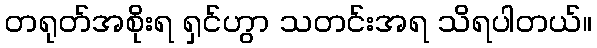
တရုတ်အစိုးရ ရှင်ဟွာ သတင်းအရ သိရပါတယ်။